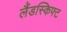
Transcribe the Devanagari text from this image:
लैंडस्किफ्ट